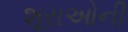
શૂરાઓની